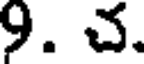
9. చ.